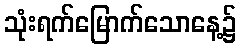
သုံးရက်မြောက်သောနေ့၌